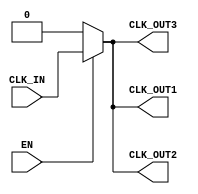
module clk_buffer (
    input wire CLK_IN,       // Clock input
    input wire EN,          // Enable input
    output wire CLK_OUT1,   // Clock output 1
    output wire CLK_OUT2,   // Clock output 2 (if multiple outputs are needed)
    output wire CLK_OUT3    // Additional clock output (if needed)
);

    // Parameters for drive strength and propagation delay
    parameter DRIVE_STRENGTH = 2; // 1: Low, 2: Medium, 3: High
    parameter PROP_DELAY = 1; // Propagation delay in ns

    // Internal signal for clock output
    wire clk_out_internal;

    // Clock buffering logic
    assign clk_out_internal = (EN) ? CLK_IN : 1'b0; // Enable functionality

    // Drive strength and propagation delay simulation
    assign #PROP_DELAY CLK_OUT1 = clk_out_internal;
    assign #PROP_DELAY CLK_OUT2 = clk_out_internal;
    assign #PROP_DELAY CLK_OUT3 = clk_out_internal;

    // Skew management (if multiple outputs)
    // This example assumes the outputs are driven simultaneously, 
    // but in a real design, you may want to add logic to manage skew.
    
    // ESD protection and robustness features would be implemented in the physical layout
    // and not typically represented in RTL code.

endmodule